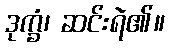
ဒုက္ခံ၊ ဆင်းရဲ၏။